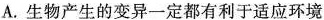
A.生物产生的变异一定都有利于适应环境